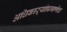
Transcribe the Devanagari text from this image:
अधिकाऱ्यांप्रमाणेच